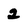
Character: 2